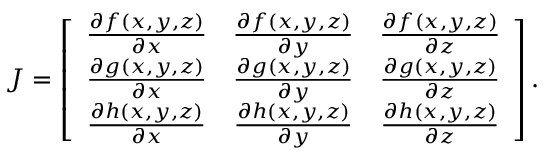
J = \left[ \begin{array} { c c c } { \frac { \partial f ( x , y , z ) } { \partial x } } & { \frac { \partial f ( x , y , z ) } { \partial y } } & { \frac { \partial f ( x , y , z ) } { \partial z } } \\ { \frac { \partial g ( x , y , z ) } { \partial x } } & { \frac { \partial g ( x , y , z ) } { \partial y } } & { \frac { \partial g ( x , y , z ) } { \partial z } } \\ { \frac { \partial h ( x , y , z ) } { \partial x } } & { \frac { \partial h ( x , y , z ) } { \partial y } } & { \frac { \partial h ( x , y , z ) } { \partial z } } \end{array} \right] .